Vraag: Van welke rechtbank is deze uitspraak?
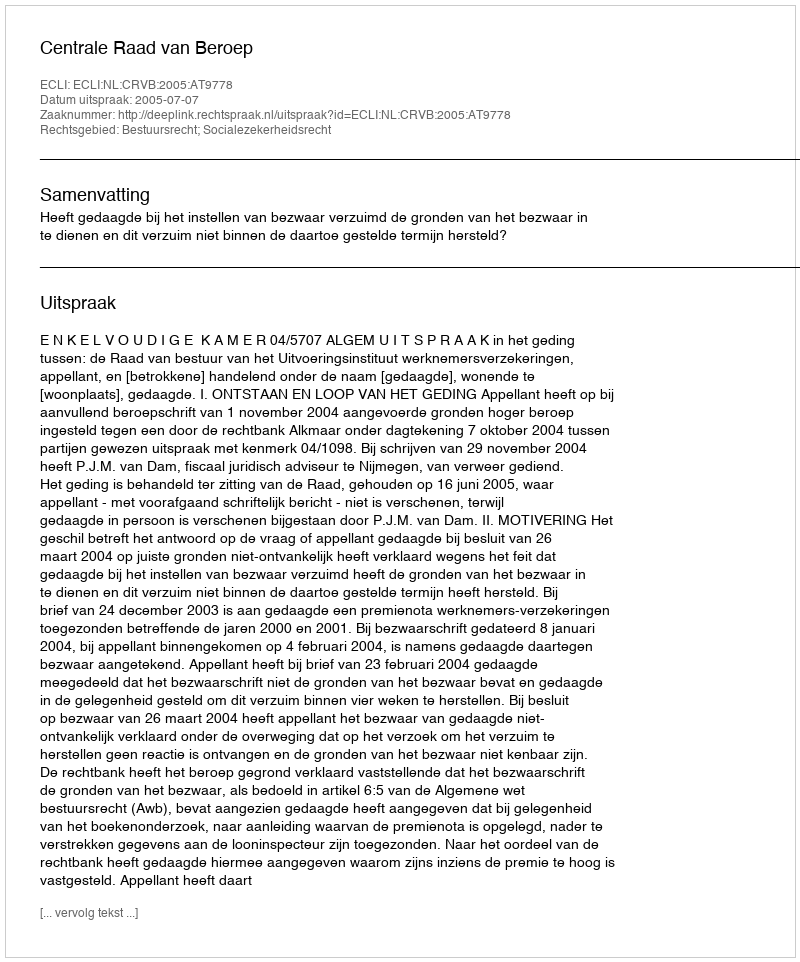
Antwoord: Centrale Raad van Beroep